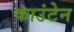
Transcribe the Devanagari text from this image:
काउंटेन